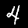
Digit: 4